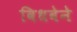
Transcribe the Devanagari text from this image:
विधवेने